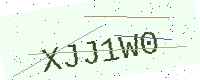
Text: XJJ1W0